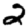
Digit: 2